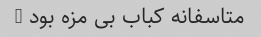
متاسفانه کباب بی مزه بود …